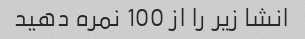
انشا زیر را از 100 نمره دهید